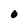
Character: O